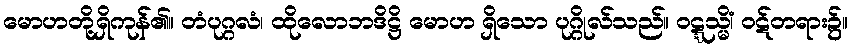
မောဟတို့ရှိကုန်၏။ တံပုဂ္ဂလံ၊ ထိုလောဘဒိဋ္ဌိ မောဟ ရှိသော ပုဂ္ဂိုလ်သည်။ ဝဋ္ဋသ္မိံ၊ ဝဋ်တရား၌။